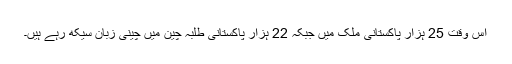
اس وقت 25 ہزار پاکستانی ملک میں جبکہ 22 ہزار پاکستانی طلبہ چین میں چینی زبان سیکھ رہے ہیں۔